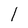
Character: l